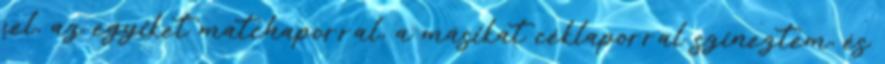
fel, az egyiket matchaporral, a másikat céklaporral színeztem, és